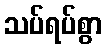
သပ်ရပ်စွာ